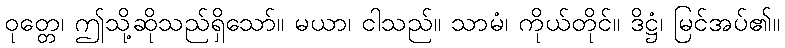
ဝုတ္တေ၊ ဤသို့ဆိုသည်ရှိသော်။ မယာ၊ ငါသည်။ သာမံ၊ ကိုယ်တိုင်။ ဒိဋ္ဌံ၊ မြင်အပ်၏။